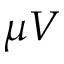
\mu V